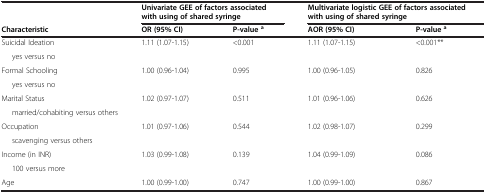
<table><thead><tr><td><b> </b></td><td colspan="2"><b>Univariate GEE of factors associated with using of shared syringe</b></td><td colspan="2"><b>Multivariate logistic GEE of factors associated with using of shared syringe</b></td></tr><tr><td><b>Characteristic</b></td><td><b>OR (95% CI)</b></td><td><b>P-value<sup>a</sup></b></td><td><b>AOR (95% CI)</b></td><td><b>P-value<sup>a</sup></b></td></tr></thead><tbody><tr><td>Suicidal Ideation</td><td rowspan="2">1.11 (1.07-1.15)</td><td rowspan="2">&lt;0.001</td><td rowspan="2">1.11 (1.07-1.15)</td><td rowspan="2">&lt;0.001**</td></tr><tr><td>yes versus no</td></tr><tr><td>Formal Schooling</td><td rowspan="2">1.00 (0.96-1.04)</td><td rowspan="2">0.995</td><td rowspan="2">1.00 (0.96-1.05)</td><td rowspan="2">0.826</td></tr><tr><td>yes versus no</td></tr><tr><td>Marital Status</td><td rowspan="2">1.02 (0.97-1.07)</td><td rowspan="2">0.511</td><td rowspan="2">1.01 (0.96-1.06)</td><td rowspan="2">0.626</td></tr><tr><td>married/cohabiting versus others</td></tr><tr><td>Occupation</td><td rowspan="2">1.01 (0.97-1.06)</td><td rowspan="2">0.544</td><td rowspan="2">1.02 (0.98-1.07)</td><td rowspan="2">0.299</td></tr><tr><td>scavenging versus others</td></tr><tr><td>Income (in INR)</td><td rowspan="2">1.03 (0.99-1.08)</td><td rowspan="2">0.139</td><td rowspan="2">1.04 (0.99-1.09)</td><td rowspan="2">0.086</td></tr><tr><td>100 versus more</td></tr><tr><td>Age</td><td>1.00 (0.99-1.00)</td><td>0.747</td><td>1.00 (0.99-1.00)</td><td>0.867</td></tr></tbody></table>